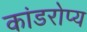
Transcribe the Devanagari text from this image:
कांडरोप्य